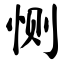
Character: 恻